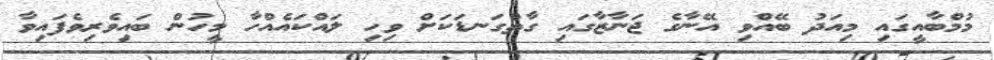
މުމްބާއީގައި މިއަދު ބޭއްވި އޭނާގެ ޖަނާޒާގައި ގާތްގަނޑަކަށް ވިހި ލައްކައެއްހާ މީހުން ބައިވެރިވެފައިވާ